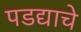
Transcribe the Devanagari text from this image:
पडद्याचे